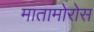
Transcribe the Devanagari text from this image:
मातामोरोस